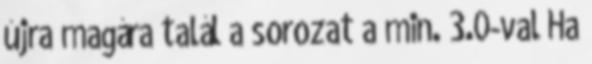
újra magára talál a sorozat a min. 3.0-val Ha